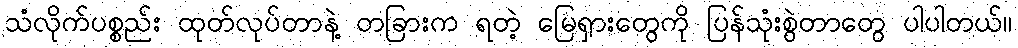
သံလိုက်ပစ္စည်း ထုတ်လုပ်တာနဲ့ တခြားက ရတဲ့ မြေရှားတွေကို ပြန်သုံးစွဲတာတွေ ပါပါတယ်။